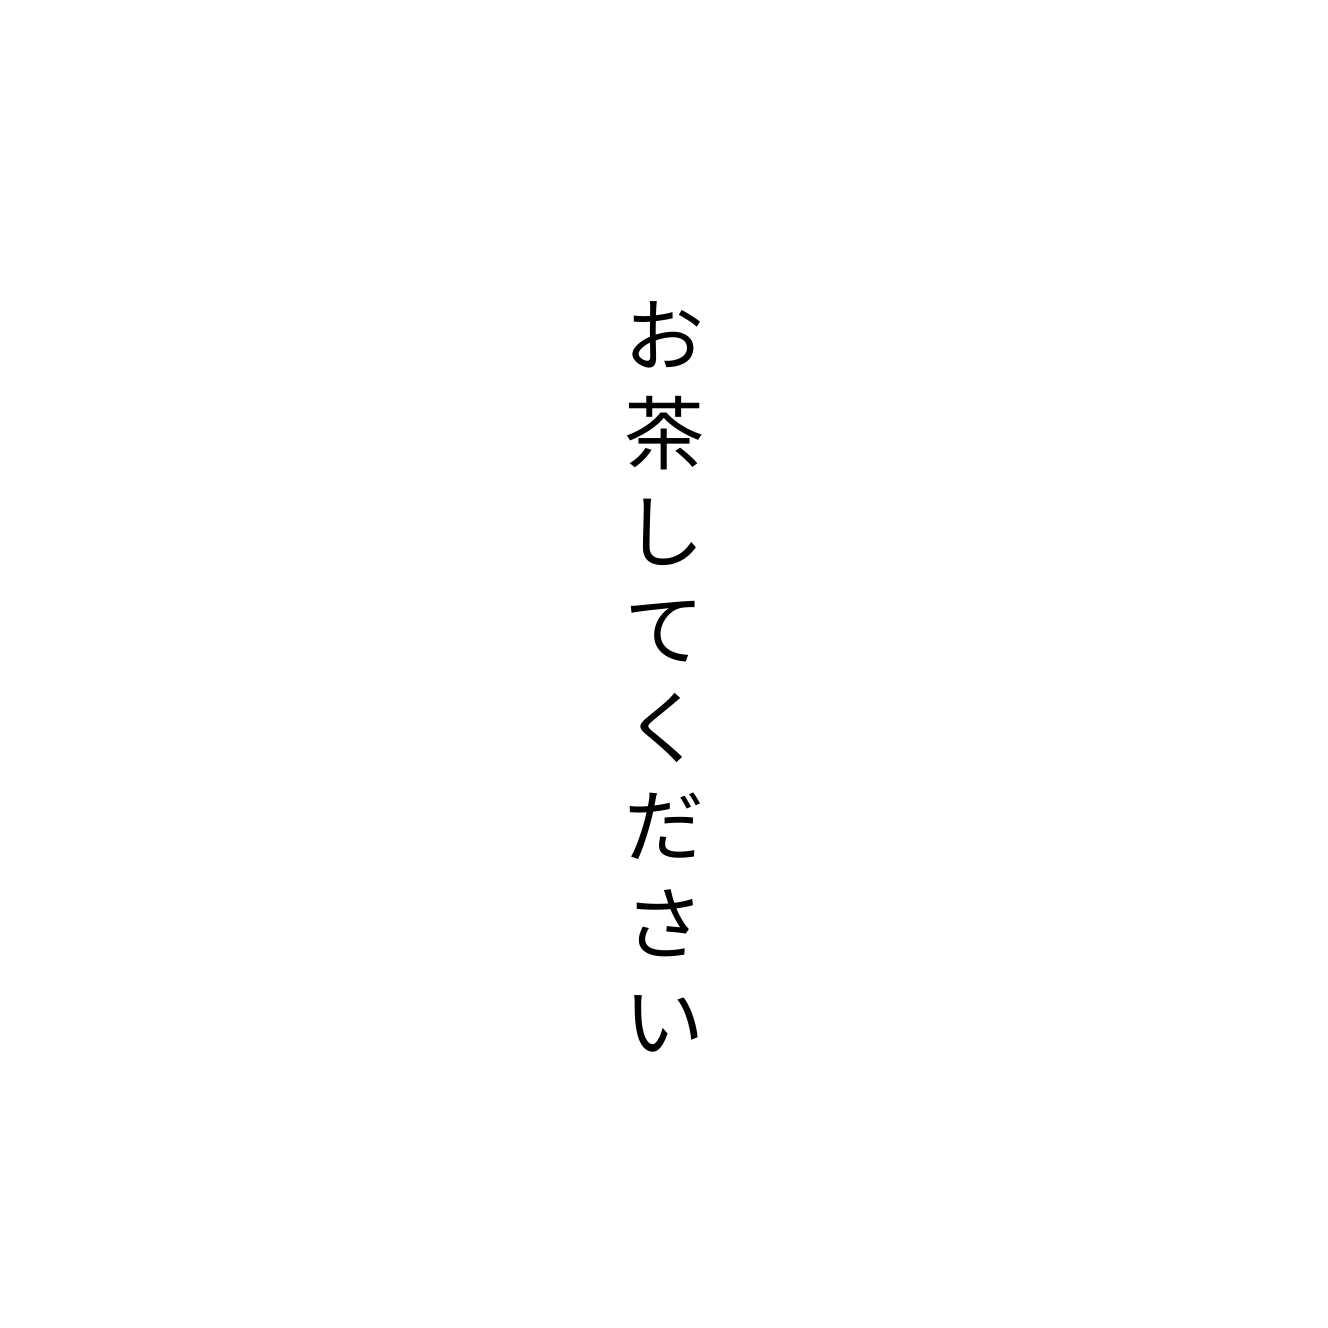
お茶してください